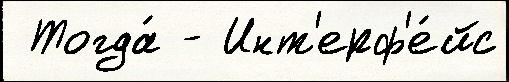
 Тогда́ - Инт'ерф'е́йс